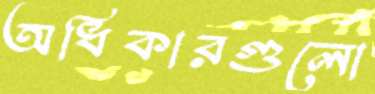
অধিকারগুলো